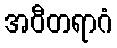
အဝီတရာဂံ